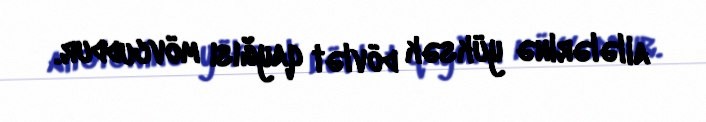
ailələrinə yüksək dövlət qayğısı mövcuddur.